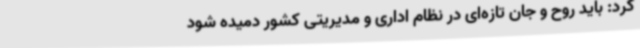
کرد: باید روح و جان تازه‌ای در نظام اداری و مدیریتی کشور دمیده شود